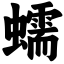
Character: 蠕